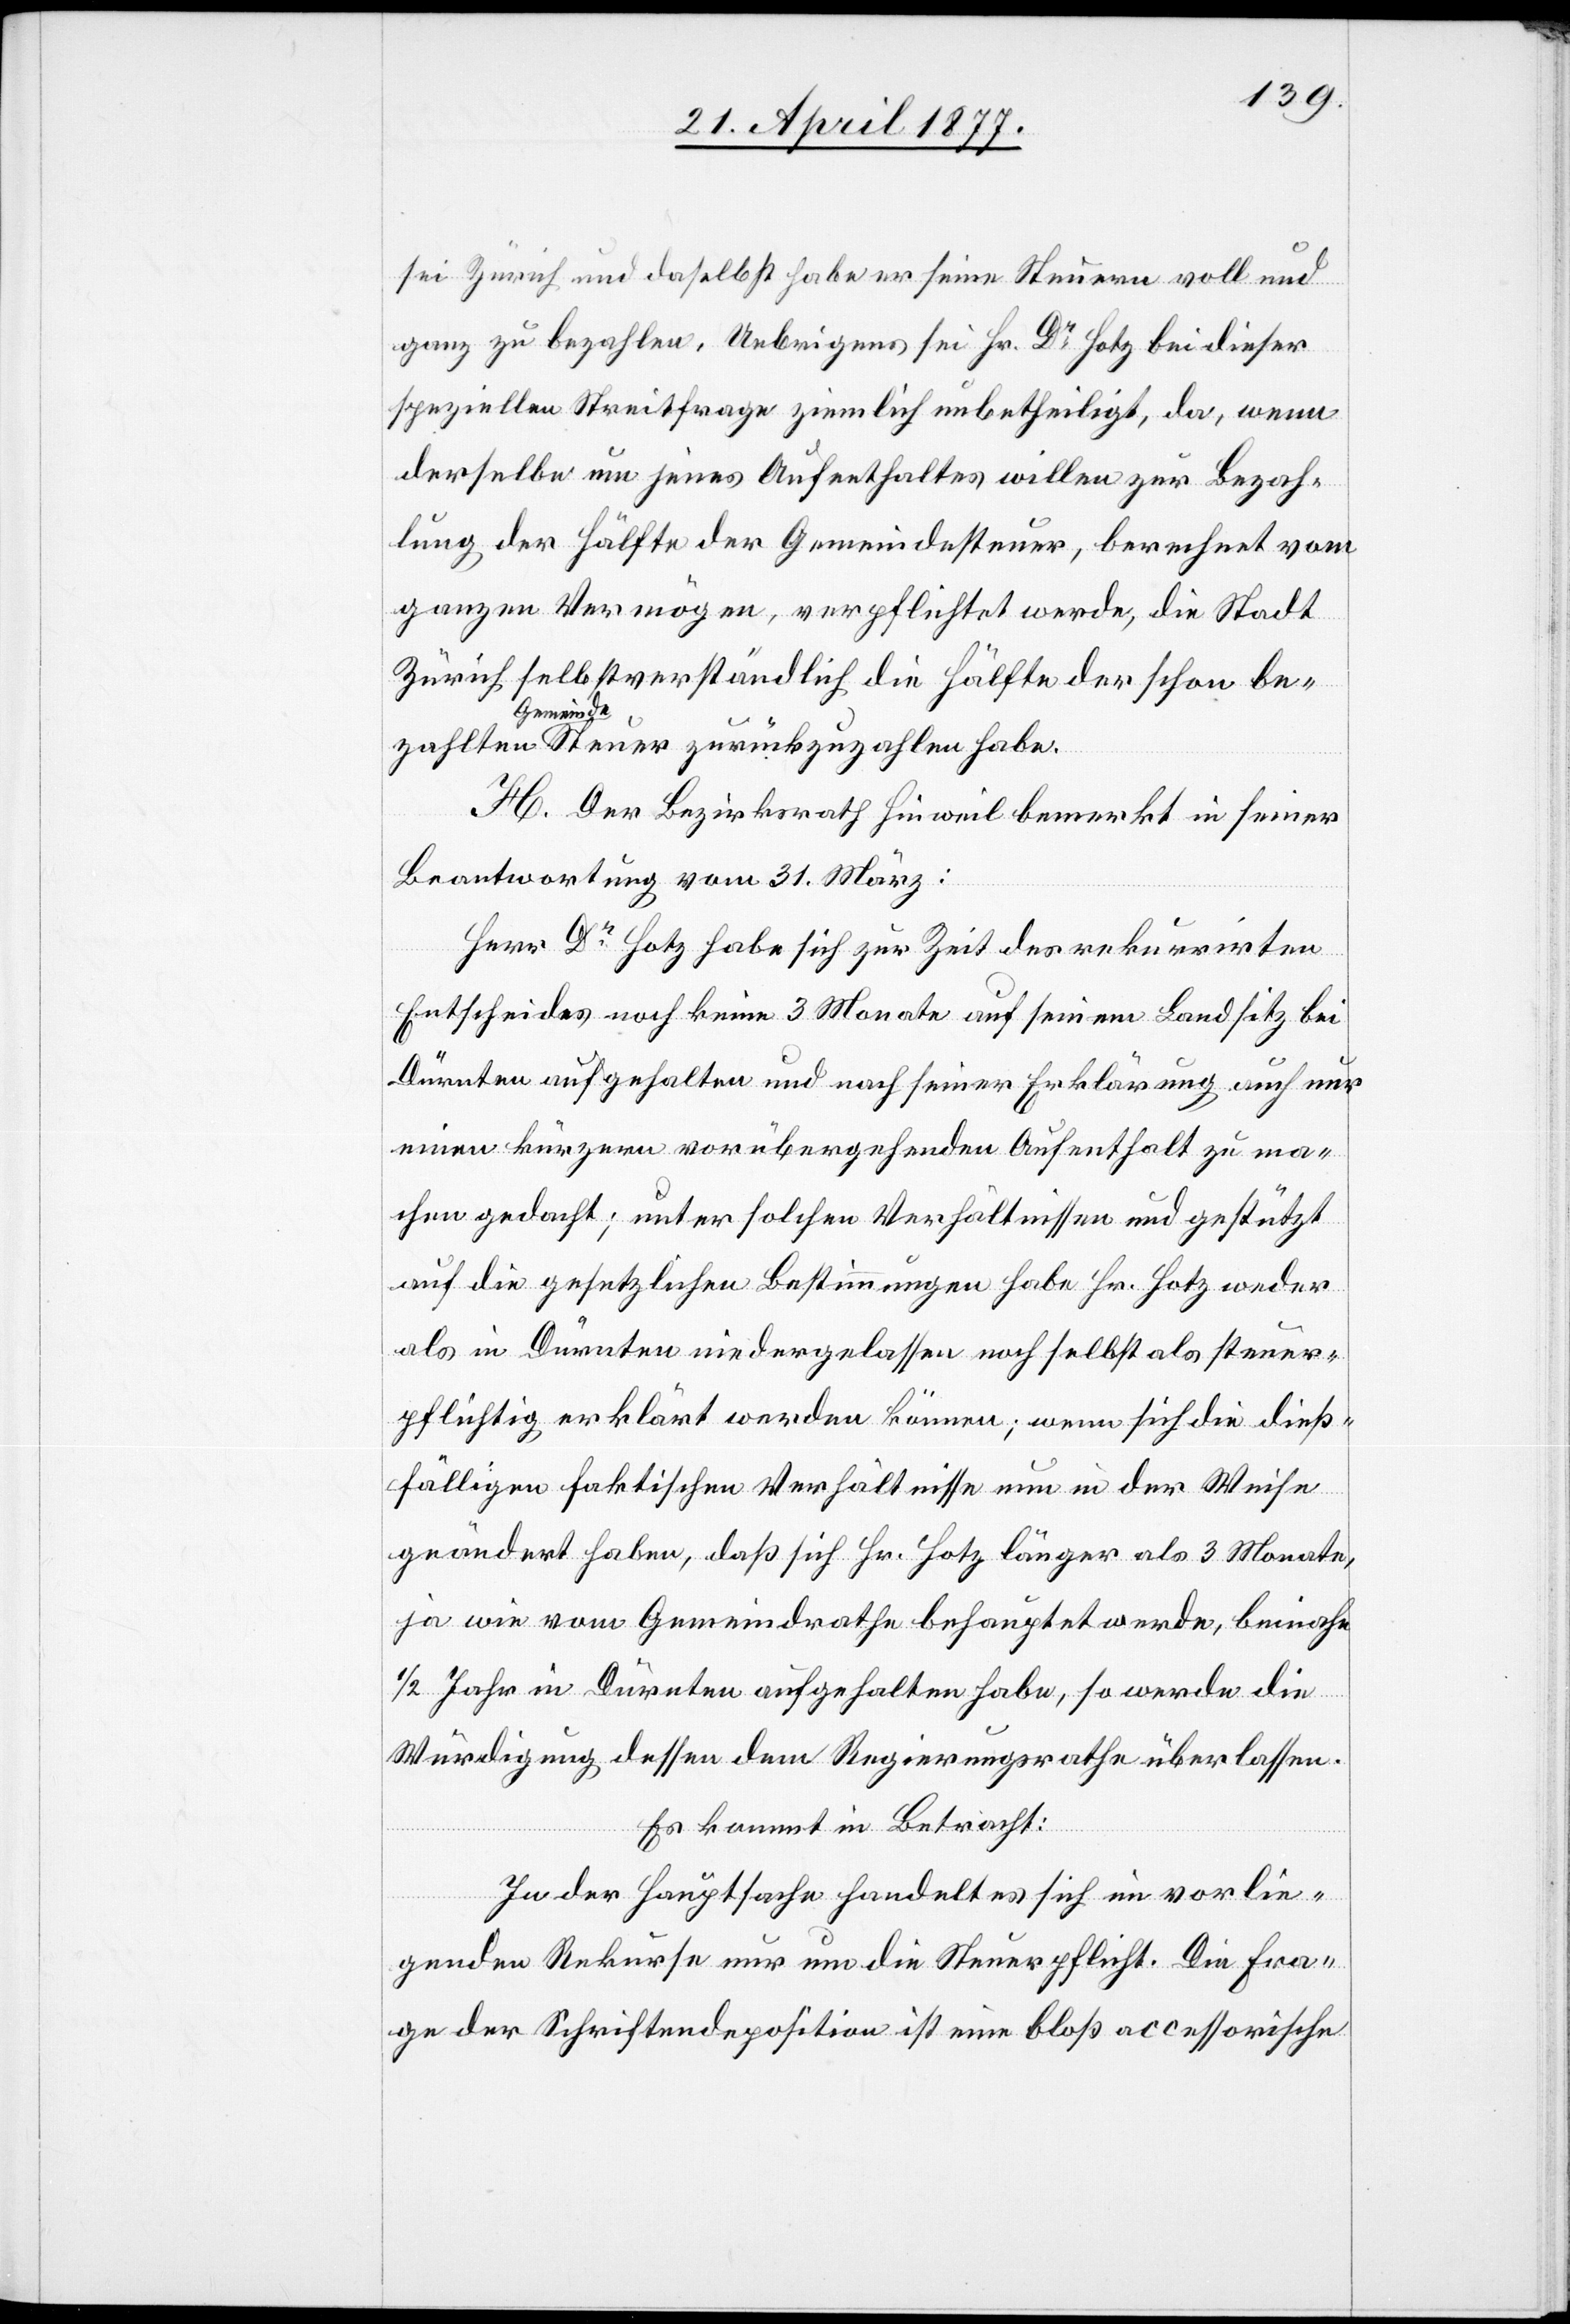
sei Zürich und daselbst habe er seine Steuern voll und
ganz zu bezahlen. Uebrigens sei Hr. Dr Hotz bei dieser
speziellen Streitfrage ziemlich unbetheiligt, da, wenn
derselbe um jenes Aufenthaltes willen zur Bezah¬
lung der Hälfte der Gemeindesteuer, berechnet vom
ganzen Vermögen, verpflichtet werde, die Stadt
Zürich selbstverständlich die Hälfte der schon be¬
zahlten Gemeindesteuer zurückzuzahlen habe.
H. Der Bezirksrath Hinweil bemerkt in seiner
Beantwortung vom 31. März:
Herr Dr Hotz habe sich zur Zeit des rekurrirten
Entscheides noch keine 3 Monate auf seinem Landsitz bei
Dürnten aufgehalten und nach seiner Erklärung auch nur
einen kürzern vorübergehenden Aufenthalt zu ma¬
chen gedacht; unter solchen Verhältnissen und gestützt
auf die gesetzlichen Bestimmungen habe Hr. Hotz weder
als in Dürnten niedergelassen noch selbst als steuer¬
pflichtig erklärt werden können; wenn sich die dieß¬
fälligen faktischen Verhältnisse nun in der Weise
geändert haben, daß sich Hr. Hotz länger als 3 Monate,
ja wie vom Gemeindrathe behauptet werde, beinahe
1/2 Jahr in Dürnten aufgehalten habe, so werde die
Würdigung dessen dem Regierungsrathe überlassen.
Es kommt in Betracht:
In der Hauptsache handelt es sich im vorlie¬
genden Rekurse nur um die Steuerpflicht. Die Fra¬
ge der Schriftendeposition ist eine bloß accessorische